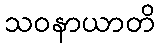
သဝနာယာတိ